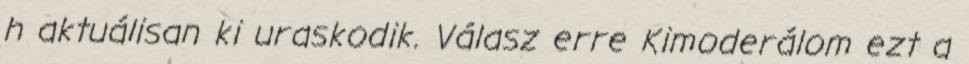
h aktuálisan ki uraskodik. Válasz erre Kimoderálom ezt a